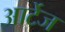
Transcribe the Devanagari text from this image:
आर्टेज